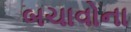
બચાવોના